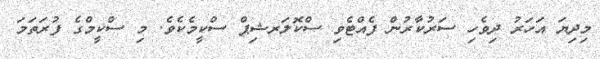
މިދިޔަ އަހަރު ދިވެހި ސަރުކާރުން ފެއްޓެވި ސްކޮލަރޝިޕް ސްކީމެކެވެ. މި ސްކީމްގެ ފުރަތަމަ